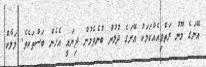
އޭނަގެ މޫނު ރަތްވިއެއްކަމަކު އޭނަގެ ދުލުން ބުނެވެމުން ދިޔައީ އެހެން ބަސްތަކެވެ. މަލާކް